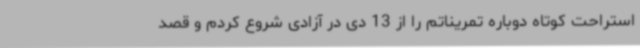
استراحت کوتاه دوباره تمریناتم را از 13 دی در آزادی شروع کردم و قصد